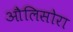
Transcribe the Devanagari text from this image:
औलिसोरा